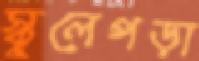
স্কুলেপড়া